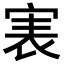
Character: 𡨲